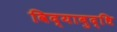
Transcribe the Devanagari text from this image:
विद्याबुद्धि